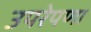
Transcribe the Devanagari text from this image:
उपरेपणा